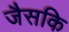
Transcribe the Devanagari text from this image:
जैसकि